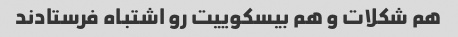
هم شکلات و هم بیسکوییت رو اشتباه فرستادند